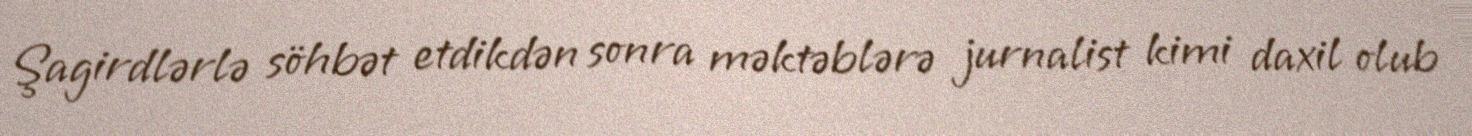
Şagirdlərlə söhbət etdikdən sonra məktəblərə jurnalist kimi daxil olub